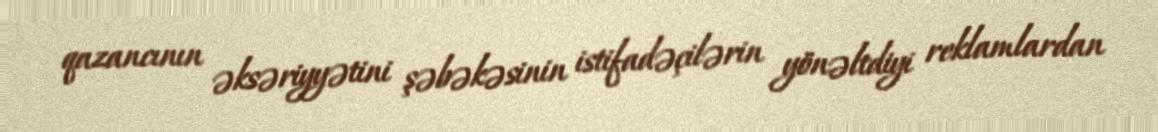
qazancının əksəriyyətini şəbəkəsinin istifadəçilərin yönəltdiyi reklamlardan